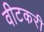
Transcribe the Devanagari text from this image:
वीटकरी